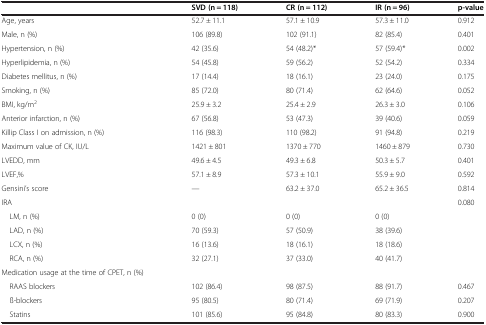
<table><thead><tr><td><b> </b></td><td><b>SVD (n = 118)</b></td><td><b>CR (n = 112)</b></td><td><b>IR (n = 96)</b></td><td><b>p-value</b></td></tr></thead><tbody><tr><td>Age, years</td><td>52.7 ± 11.1</td><td>57.1 ± 10.9</td><td>57.3 ± 11.0</td><td>0.912</td></tr><tr><td>Male, n (%)</td><td>106 (89.8)</td><td>102 (91.1)</td><td>82 (85.4)</td><td>0.401</td></tr><tr><td>Hypertension, n (%)</td><td>42 (35.6)</td><td>54 (48.2)*</td><td>57 (59.4)*</td><td>0.002</td></tr><tr><td>Hyperlipidemia, n (%)</td><td>54 (45.8)</td><td>59 (56.2)</td><td>52 (54.2)</td><td>0.334</td></tr><tr><td>Diabetes mellitus, n (%)</td><td>17 (14.4)</td><td>18 (16.1)</td><td>23 (24.0)</td><td>0.175</td></tr><tr><td>Smoking, n (%)</td><td>85 (72.0)</td><td>80 (71.4)</td><td>62 (64.6)</td><td>0.052</td></tr><tr><td>BMI, kg/m<sup>2</sup></td><td>25.9 ± 3.2</td><td>25.4 ± 2.9</td><td>26.3 ± 3.0</td><td>0.106</td></tr><tr><td>Anterior infarction, n (%)</td><td>67 (56.8)</td><td>53 (47.3)</td><td>39 (40.6)</td><td>0.059</td></tr><tr><td>Killip Class I on admission, n (%)</td><td>116 (98.3)</td><td>110 (98.2)</td><td>91 (94.8)</td><td>0.219</td></tr><tr><td>Maximum value of CK, IU/L</td><td>1421 ± 801</td><td>1370 ± 770</td><td>1460 ± 879</td><td>0.730</td></tr><tr><td>LVEDD, mm</td><td>49.6 ± 4.5</td><td>49.3 ± 6.8</td><td>50.3 ± 5.7</td><td>0.401</td></tr><tr><td>LVEF,%</td><td>57.1 ± 8.9</td><td>57.3 ± 10.1</td><td>55.9 ± 9.0</td><td>0.592</td></tr><tr><td>Gensini’s score</td><td>---</td><td>63.2 ± 37.0</td><td>65.2 ± 36.5</td><td>0.814</td></tr><tr><td>IRA</td><td> </td><td> </td><td> </td><td>0.080</td></tr><tr><td> LM, n (%)</td><td>0 (0)</td><td>0 (0)</td><td>0 (0)</td><td> </td></tr><tr><td> LAD, n (%)</td><td>70 (59.3)</td><td>57 (50.9)</td><td>38 (39.6)</td><td> </td></tr><tr><td> LCX, n (%)</td><td>16 (13.6)</td><td>18 (16.1)</td><td>18 (18.6)</td><td> </td></tr><tr><td> RCA, n (%)</td><td>32 (27.1)</td><td>37 (33.0)</td><td>40 (41.7)</td><td> </td></tr><tr><td>Medication usage at the time of CPET, n (%)</td><td> </td><td> </td><td> </td><td> </td></tr><tr><td> RAAS blockers</td><td>102 (86.4)</td><td>98 (87.5)</td><td>88 (91.7)</td><td>0.467</td></tr><tr><td> ß-blockers</td><td>95 (80.5)</td><td>80 (71.4)</td><td>69 (71.9)</td><td>0.207</td></tr><tr><td> Statins</td><td>101 (85.6)</td><td>95 (84.8)</td><td>80 (83.3)</td><td>0.900</td></tr></tbody></table>